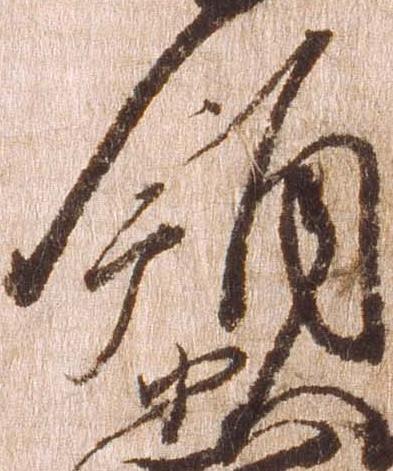
領